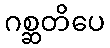
ဂစ္ဆတိပေ